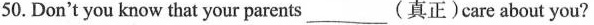
50. Don't you know that your parents_____________(真正)care about you?